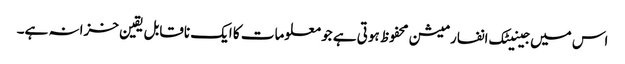
اس میں جینیٹک انفارمیشن محفوظ ہوتی ہے جو معلومات کا ایک ناقابل یقین خزانہ ہے۔